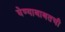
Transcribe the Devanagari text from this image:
घेण्याबाबतची